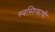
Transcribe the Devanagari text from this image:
स्वस्तिकाची